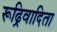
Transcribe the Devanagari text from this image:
रूढ्रिवादिता